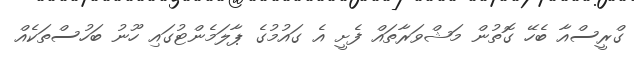
ގްރީސްއާ ބެހޭ ގޮތުން މަޝްވަރާތައް ފެށީ އެ ގައުމުގެ ޕާލަމެންޓުގައި ހޫނު ބަހުސްތަކެއް